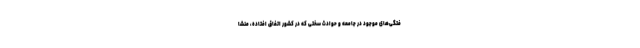
فتگی‌های موجود در جامعه و حوادث سختی که در کشور اتفاق افتاده، منشا